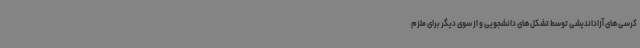
کرسی‌های آزاداندیشی توسط تشکل‌های دانشجویی و از سوی دیگر برای ملزم